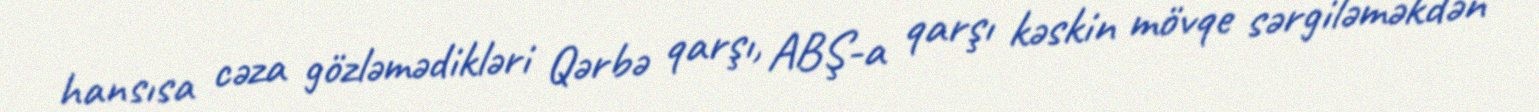
hansısa cəza gözləmədikləri Qərbə qarşı, ABŞ-a qarşı kəskin mövqe sərgiləməkdən